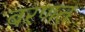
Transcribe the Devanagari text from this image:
बरणत